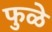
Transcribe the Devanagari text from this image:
फुळे